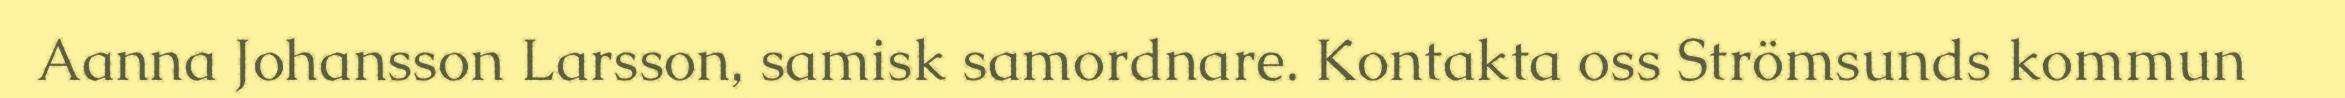
Aanna Johansson Larsson, samisk samordnare. Kontakta oss Strömsunds kommun